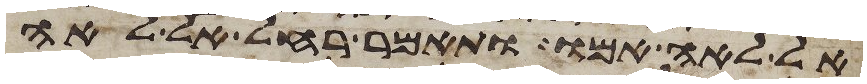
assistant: אל לאה אמו ותאמר רחל אל לאה